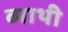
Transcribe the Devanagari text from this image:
व्याथी